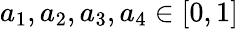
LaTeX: a_{1},a_{2},a_{3},a_{4}\in[0,1]